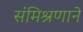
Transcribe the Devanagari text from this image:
संमिश्रणाने